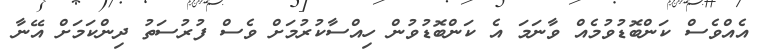
އެއްވެސް ކަންބޮޑުވުމެއް ވާނަމަ އެ ކަންބޮޑުވުން ހިއްސާކުރުމަށް ވެސް ފުރުސަތު ދިންކަމަށް އޭނާ